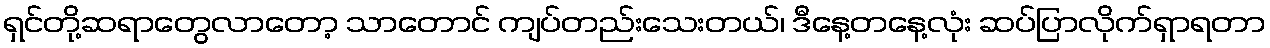
ရှင်တို့ဆရာတွေလာတော့ သာတောင် ကျပ်တည်းသေးတယ်၊ ဒီနေ့တနေ့လုံး ဆပ်ပြာလိုက်ရှာရတာ